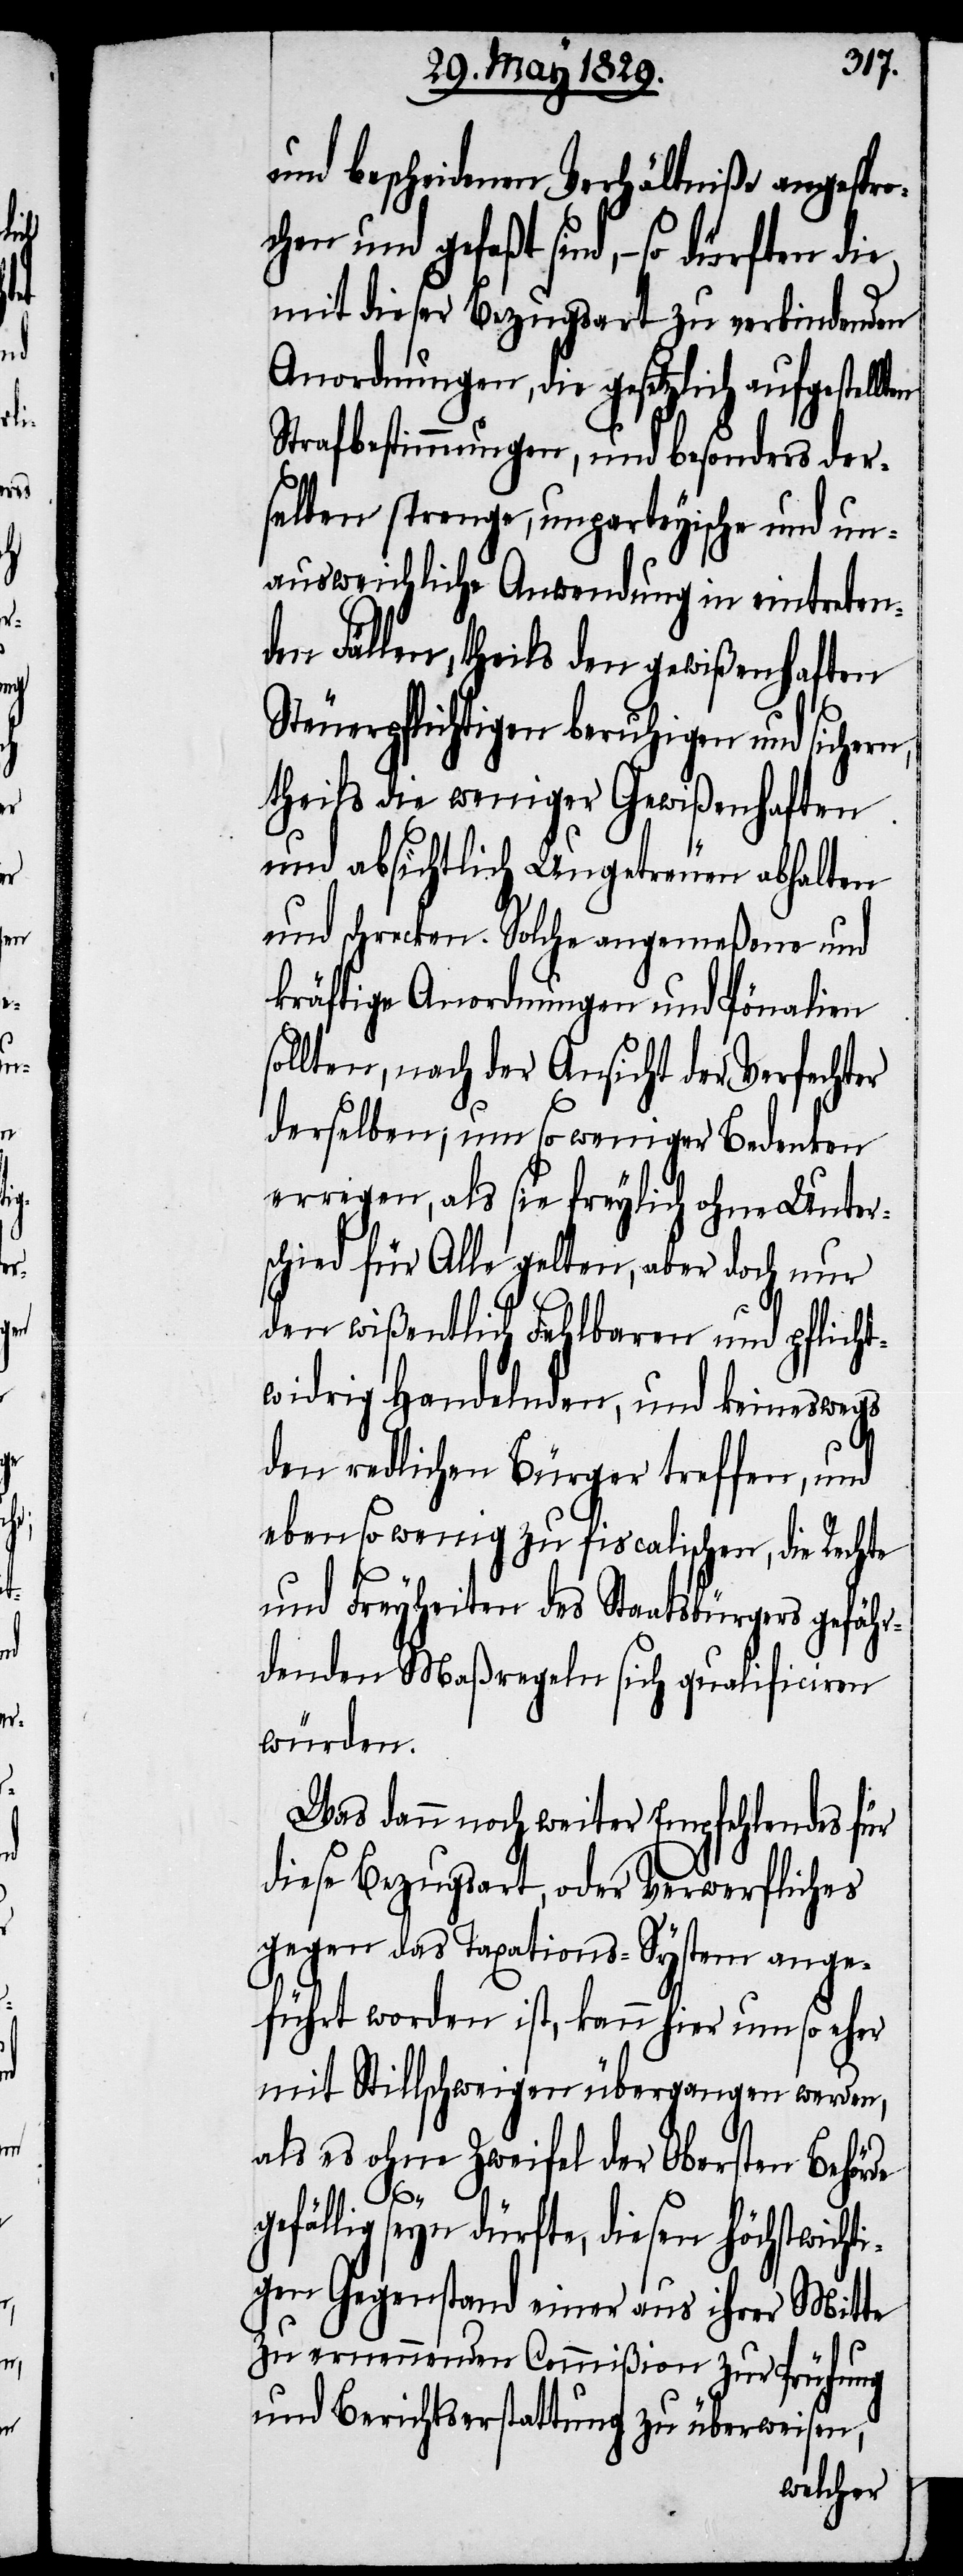
und bescheidenen Verhältniße angespro¬
chen und gefaßt sind,– so dürften die
mit dieser Bezugsart zu verbindenden
Anordnungen, die gesetzliche aufgestellt¬
Strafbestimmungen, und besonders der¬
selben strenge, unparteyische und un¬
ausweichliche Anwendung in eintreten¬
den Fällen, theils den gewißenhaften
Steuerpflichtigen beruhigen und sichern,
theils die weniger Gewißenhaften
und absichtlich Ungetreuen abhalten
und schrecken. Solch angemeßene und
kräftige Anordnungen und Pönalien
sollten, nach der Ansicht der Verfechter
derselben, umso weniger Bedenken
erregen, als sie freylich ohne Unter¬
schied für Alle gelten, aber doch nur
den wißentlich Fehlbaren und pflicht¬
widrig Handelnden, und keineswegs
en
den redlichen Bürger treffen, und
eben so wenig zu fiscalischen, die Rechte
und Freyheiten des Staatsbürgers gefähr¬
denden Maßregeln sich qualificiren
würden.
Was dann noch weiter Empfehlendes für
diese Bezugsart, oder Verwerfliches
gegen das Taxations-System ange¬
führt worden ist, kann hier umso eher
mit Stillschweigen übergangen werden,
als es ohne Zweifel der Obersten Behörde
gefällig seyn dürfte, diesen höchstwichti¬
gen Gegenstand eines auf ihrer Mitte
zu ernennenden Commißion zur Prüfung
und Berichtserstattung zu überweisen,